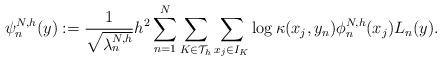
LaTeX: \begin{align*}{\psi}_n^{N,h}(y) :=\frac{1}{\sqrt{\lambda_n^{N,h}}}h^2\sum\limits_{n=1}^{N}\sum\limits_{K\in \mathcal{T}_h}\sum\limits_{x_j\in I_{K}}\log\kappa(x_j,y_n)\phi_n^{N,h}(x_j)L_n(y).\end{align*}